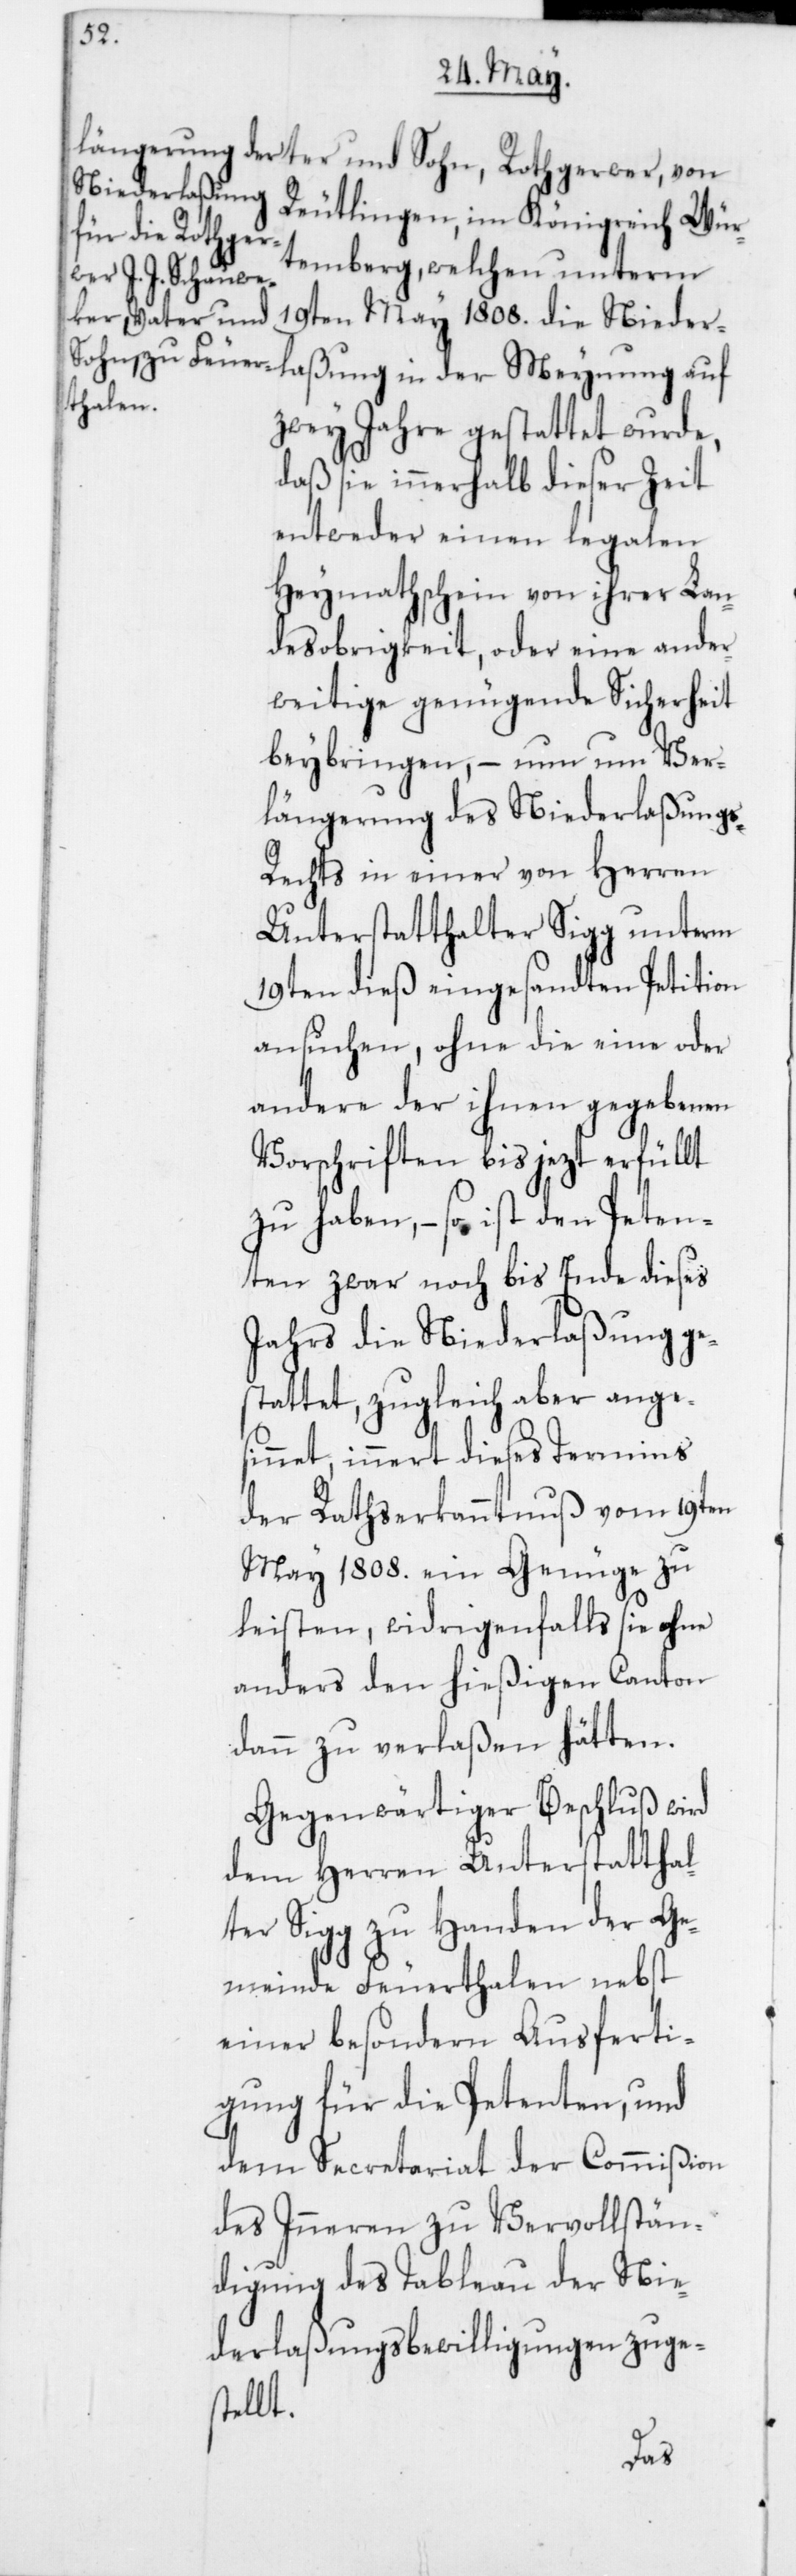
Reutlingen im Königreich Wür¬
temberg, welchen unterm
19ten May 1808 die Nieder¬
zwey Jahre gestattet wurde,
daß sie innerhalb dieser Zeit
entweder einen legalen
Heymathschein von ihrer Lan¬
desobrigkeit, oder eine ander¬
weitige genügende Sicherheit
beybringen, – nun um Ver¬
längerung des Niederlaßung¬
s-Rechts in einer von Herren
Unterstatthalter Sigg unterm
19ten dieß eingesandten Petition
ansuchen, ohne die eine oder
andere der ihnen gegebenen
Vorschriften bis jezt erfüllt
zu haben, – so ist den Peten¬
ten zwar noch bis Ende dieses
Jahrs die Niederlaßung ge¬
stattet, zugleich aber ange¬
sinnet, innert dieses Termins
der Rathserkanntnuß vom 19ten
May 1808 ein Genüge zu
leisten, widrigenfalls sie ohne
anders den hießigen Canton
dann zu verlaßen hätten.
Gegenwärtiger Beschluß wird
dem Herren Unterstatthal¬
ter Sigg zu Handen der Ge¬
meinde Feuerthalen nebst
einer besondern Ausferti¬
gung für die Petenten, und
dem Secretariat der Commißion
des Inneren zu Vervollstän¬
digung des Tableau der Nie¬
derlaßungsbewilligungen zuge¬
stellt.
laßung